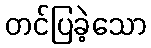
တင်ပြခဲ့သော